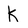
Character: K